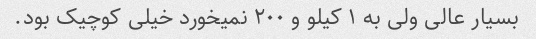
بسیار عالی ولی به ۱ کیلو و ۲۰۰ نمیخورد خیلی کوچیک بود.